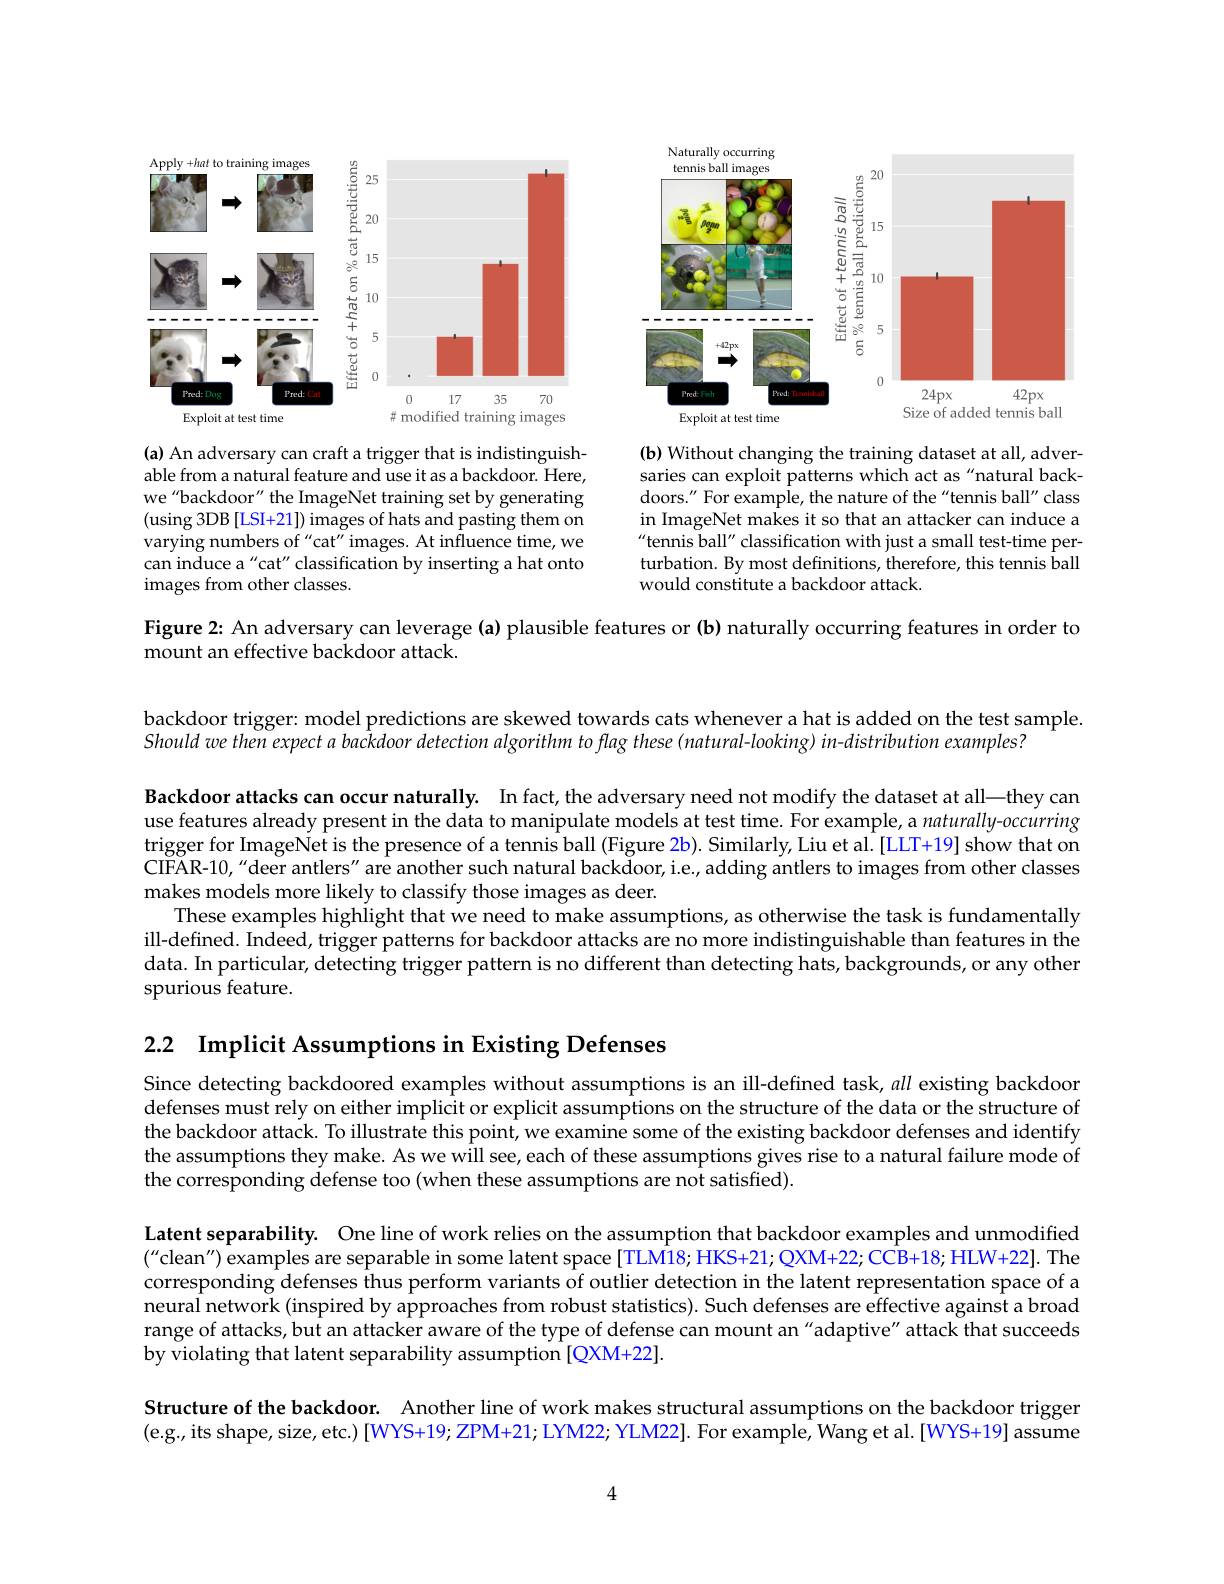
<FigureHere>

(b) Without changing the training dataset at all, adversaries can exploit patterns which act as "natural backdoors." For example, the nature of the "tennis ball" class in ImageNet makes it so that an attacker can induce a tennis ball" classification with just a small test-time perturbation. By most definitions, therefore, this tennis ball would constitute a backdoor attack.

(a) An adversary can craft a trigger that is indistinguishable from a natural feature and use it as a backdoor. Here, we "backdoor" the ImageNet training set by generating (using 3DB[LSI+21]) images of hats and pasting them on varying numbers of "cat" images. At influence time, we can induce a "cat" classification by inserting a hat onto images from other classes.

Figure 2: An adversary can leverage (a) plausible features or (b) naturally occurring features in order to
mount an effective backdoor attack.

backdoor trigger: model predictions are skewed towards cats whenever a hat is added on the test sample.
Should we then expect a backdoor detection algorithm to flag these (matural-looking) in-distribution examples?

Backdoor attacks can occur naturally. In fact, the adversary need not modify the dataset at all—they can use features already present in the data to manipulate models at test time. For example, a $naturally-occurring$ trigger for ImageNet is the presence of a tennis ball (Figure 2b). Similarly, Liu et al.[LLT+19] show that on CIFAR-10,“deer antlers" are another such natural backdoor, i.e, adding antlers to images from other classes makes models more likely to classify those images as deer.
These examples highlight that we need to make assumptions, as otherwise the task is fundamentally ill-defined. Indeed, trigger patterns for backdoor attacks are no more indistinguishable than features in the data. In particular, detecting trigger pattern is no different than detecting hats, backgrounds, or any other spurious feature.

2.2 $\textbf{Implicit Assumptions in Existing Defenses}$

Since detecting backdoored examples without assumptions is an ill-defined task, all existing backdoor defenses must rely on either implicit or explicit assumptions on the structure of the data or the structure of the backdoor attack. To illustrate this point, we examine some of the existing backdoor defenses and identify the assumptions they make. As we will see, each of these assumptions gives rise to a natural failure mode of the corresponding defense too (when these assumptions are not satisfied).

Latent separability. One line of work relies on the assumption that backdoor examples and unmodified $(^{\prime\prime}$clean") examples are separable in some latent space[TLM18; HKS+21; QXM+22; CCB+18; HLW+22]. The corresponding defenses thus perform variants of outlier detection in the latent representation space of a neural network (inspired by approaches from robust statistics). Such defenses are effective against a broad range of attacks, but an attacker aware of the type of defense can mount an"adaptive" attack that succeeds by violating that latent separability assumption[QXM+22].

Structure of the backdoor. Another line of work makes structural assumptions on the backdoor trigger (e.g., its shape, size, etc.) [WYS+19; ZPM+21; LYM22; YLM22]. For example, Wang et al. [WYS+19] assume

4